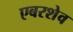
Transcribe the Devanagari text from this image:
एबरशेव